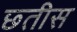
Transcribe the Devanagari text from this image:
छ्तीस